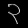
Digit: ၃